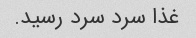
غذا سرد سرد رسید.